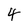
Character: 4